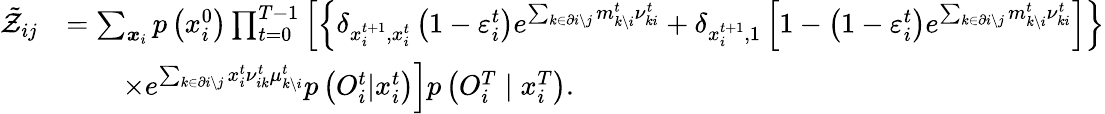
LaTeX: \begin{array}{rl}{\tilde{\mathcal{Z}}_{ij}}&{=\sum_{\boldsymbol{x}_{i}}p\left(x_{i}^{0}\right)\prod_{t=0}^{T-1}\left[\left\{ \delta_{x_{i}^{t+1},x_{i}^{t}}\left(1-\varepsilon_{i}^{t}\right)e^{\sum_{k\in\partial i\setminus j}m_{k\setminus i}^{t}\nu_{ki}^{t}}+\delta_{x_{i}^{t+1},1}\left[1-\left(1-\varepsilon_{i}^{t}\right)e^{\sum_{k\in\partial i\setminus j}m_{k\setminus i}^{t}\nu_{ki}^{t}}\right]\right\} \right.}\\ &{\qquad\left.\times e^{\sum_{k\in\partial i\setminus j}x_{i}^{t}\nu_{ik}^{t}\mu_{k\setminus i}^{t}}p\left({O}_{i}^{t}|x_{i}^{t}\right)\right]p\left({O}_{i}^{T}\mid x_{i}^{T}\right).}\end{array}